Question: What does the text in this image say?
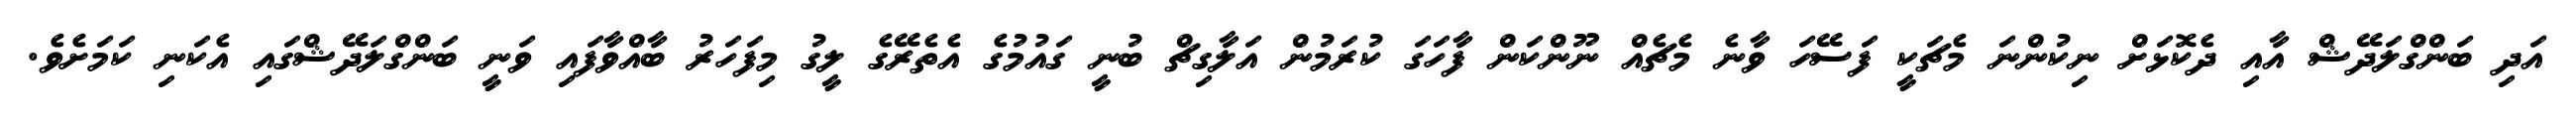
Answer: އަދި ބަންގްލަދޭޝް އާއި ދެކޮޅަށް ނިކުންނަ މެޗަކީ ފަސޭހަ ވާނެ މެޗެއް ނޫންކަން ފާހަގަ ކުރަމުން އަލާގިޗް ބުނީ ގައުމުގެ އެތެރޭގެ ލީގު މިފަހަރު ބާއްވާފައި ވަނީ ބަންގްލަދޭޝްގައި އެކަނި ކަމަށެވެ.